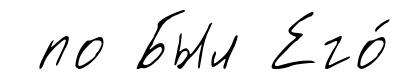
по Был Его́